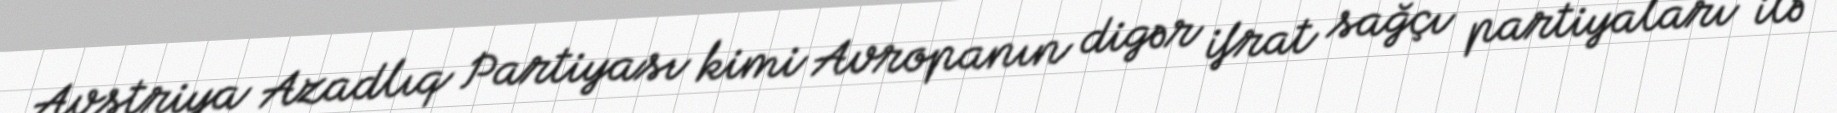
Avstriya Azadlıq Partiyası kimi Avropanın digər ifrat sağçı partiyaları ilə